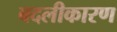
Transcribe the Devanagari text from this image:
बदलीकारण